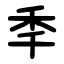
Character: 秊